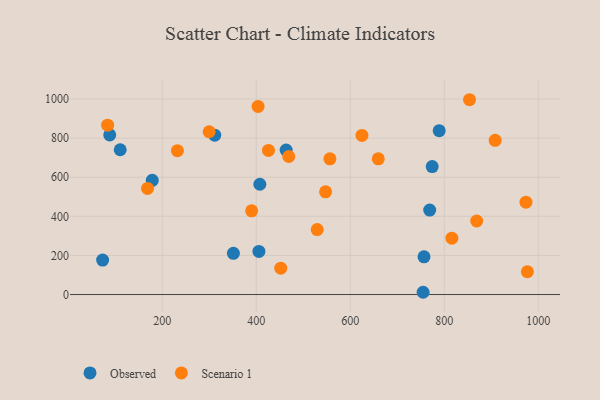
{"axis": {"x": "Speed", "y": "Exam Score"}, "legend": ["Observed", "Scenario 1"], "data": [{"x": "110.6", "y": 740.7, "type": "Observed"}, {"x": "88.3", "y": 816.5, "type": "Observed"}, {"x": "405.7", "y": 220.3, "type": "Observed"}, {"x": "463.6", "y": 739.2, "type": "Observed"}, {"x": "756.9", "y": 192.7, "type": "Observed"}, {"x": "311.7", "y": 815.4, "type": "Observed"}, {"x": "789.2", "y": 838.1, "type": "Observed"}, {"x": "769.0", "y": 432.2, "type": "Observed"}, {"x": "755.0", "y": 11.6, "type": "Observed"}, {"x": "407.7", "y": 564.1, "type": "Observed"}, {"x": "351.4", "y": 210.7, "type": "Observed"}, {"x": "178.8", "y": 584.4, "type": "Observed"}, {"x": "73.2", "y": 176.2, "type": "Observed"}, {"x": "774.3", "y": 654.5, "type": "Observed"}, {"x": "403.9", "y": 962.2, "type": "Scenario 1"}, {"x": "816.2", "y": 288.5, "type": "Scenario 1"}, {"x": "853.7", "y": 996.5, "type": "Scenario 1"}, {"x": "168.7", "y": 543.0, "type": "Scenario 1"}, {"x": "556.7", "y": 694.4, "type": "Scenario 1"}, {"x": "426.0", "y": 737.1, "type": "Scenario 1"}, {"x": "390.2", "y": 428.4, "type": "Scenario 1"}, {"x": "624.9", "y": 813.9, "type": "Scenario 1"}, {"x": "83.8", "y": 866.5, "type": "Scenario 1"}, {"x": "529.7", "y": 332.2, "type": "Scenario 1"}, {"x": "659.6", "y": 694.3, "type": "Scenario 1"}, {"x": "973.8", "y": 472.6, "type": "Scenario 1"}, {"x": "976.8", "y": 116.8, "type": "Scenario 1"}, {"x": "299.8", "y": 832.8, "type": "Scenario 1"}, {"x": "469.2", "y": 706.2, "type": "Scenario 1"}, {"x": "452.2", "y": 135.1, "type": "Scenario 1"}, {"x": "908.2", "y": 788.8, "type": "Scenario 1"}, {"x": "547.5", "y": 525.5, "type": "Scenario 1"}, {"x": "232.3", "y": 736.1, "type": "Scenario 1"}, {"x": "869.0", "y": 376.1, "type": "Scenario 1"}]}